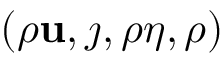
\left( \rho \mathbf { u } , \j , \rho \eta , \rho \right)